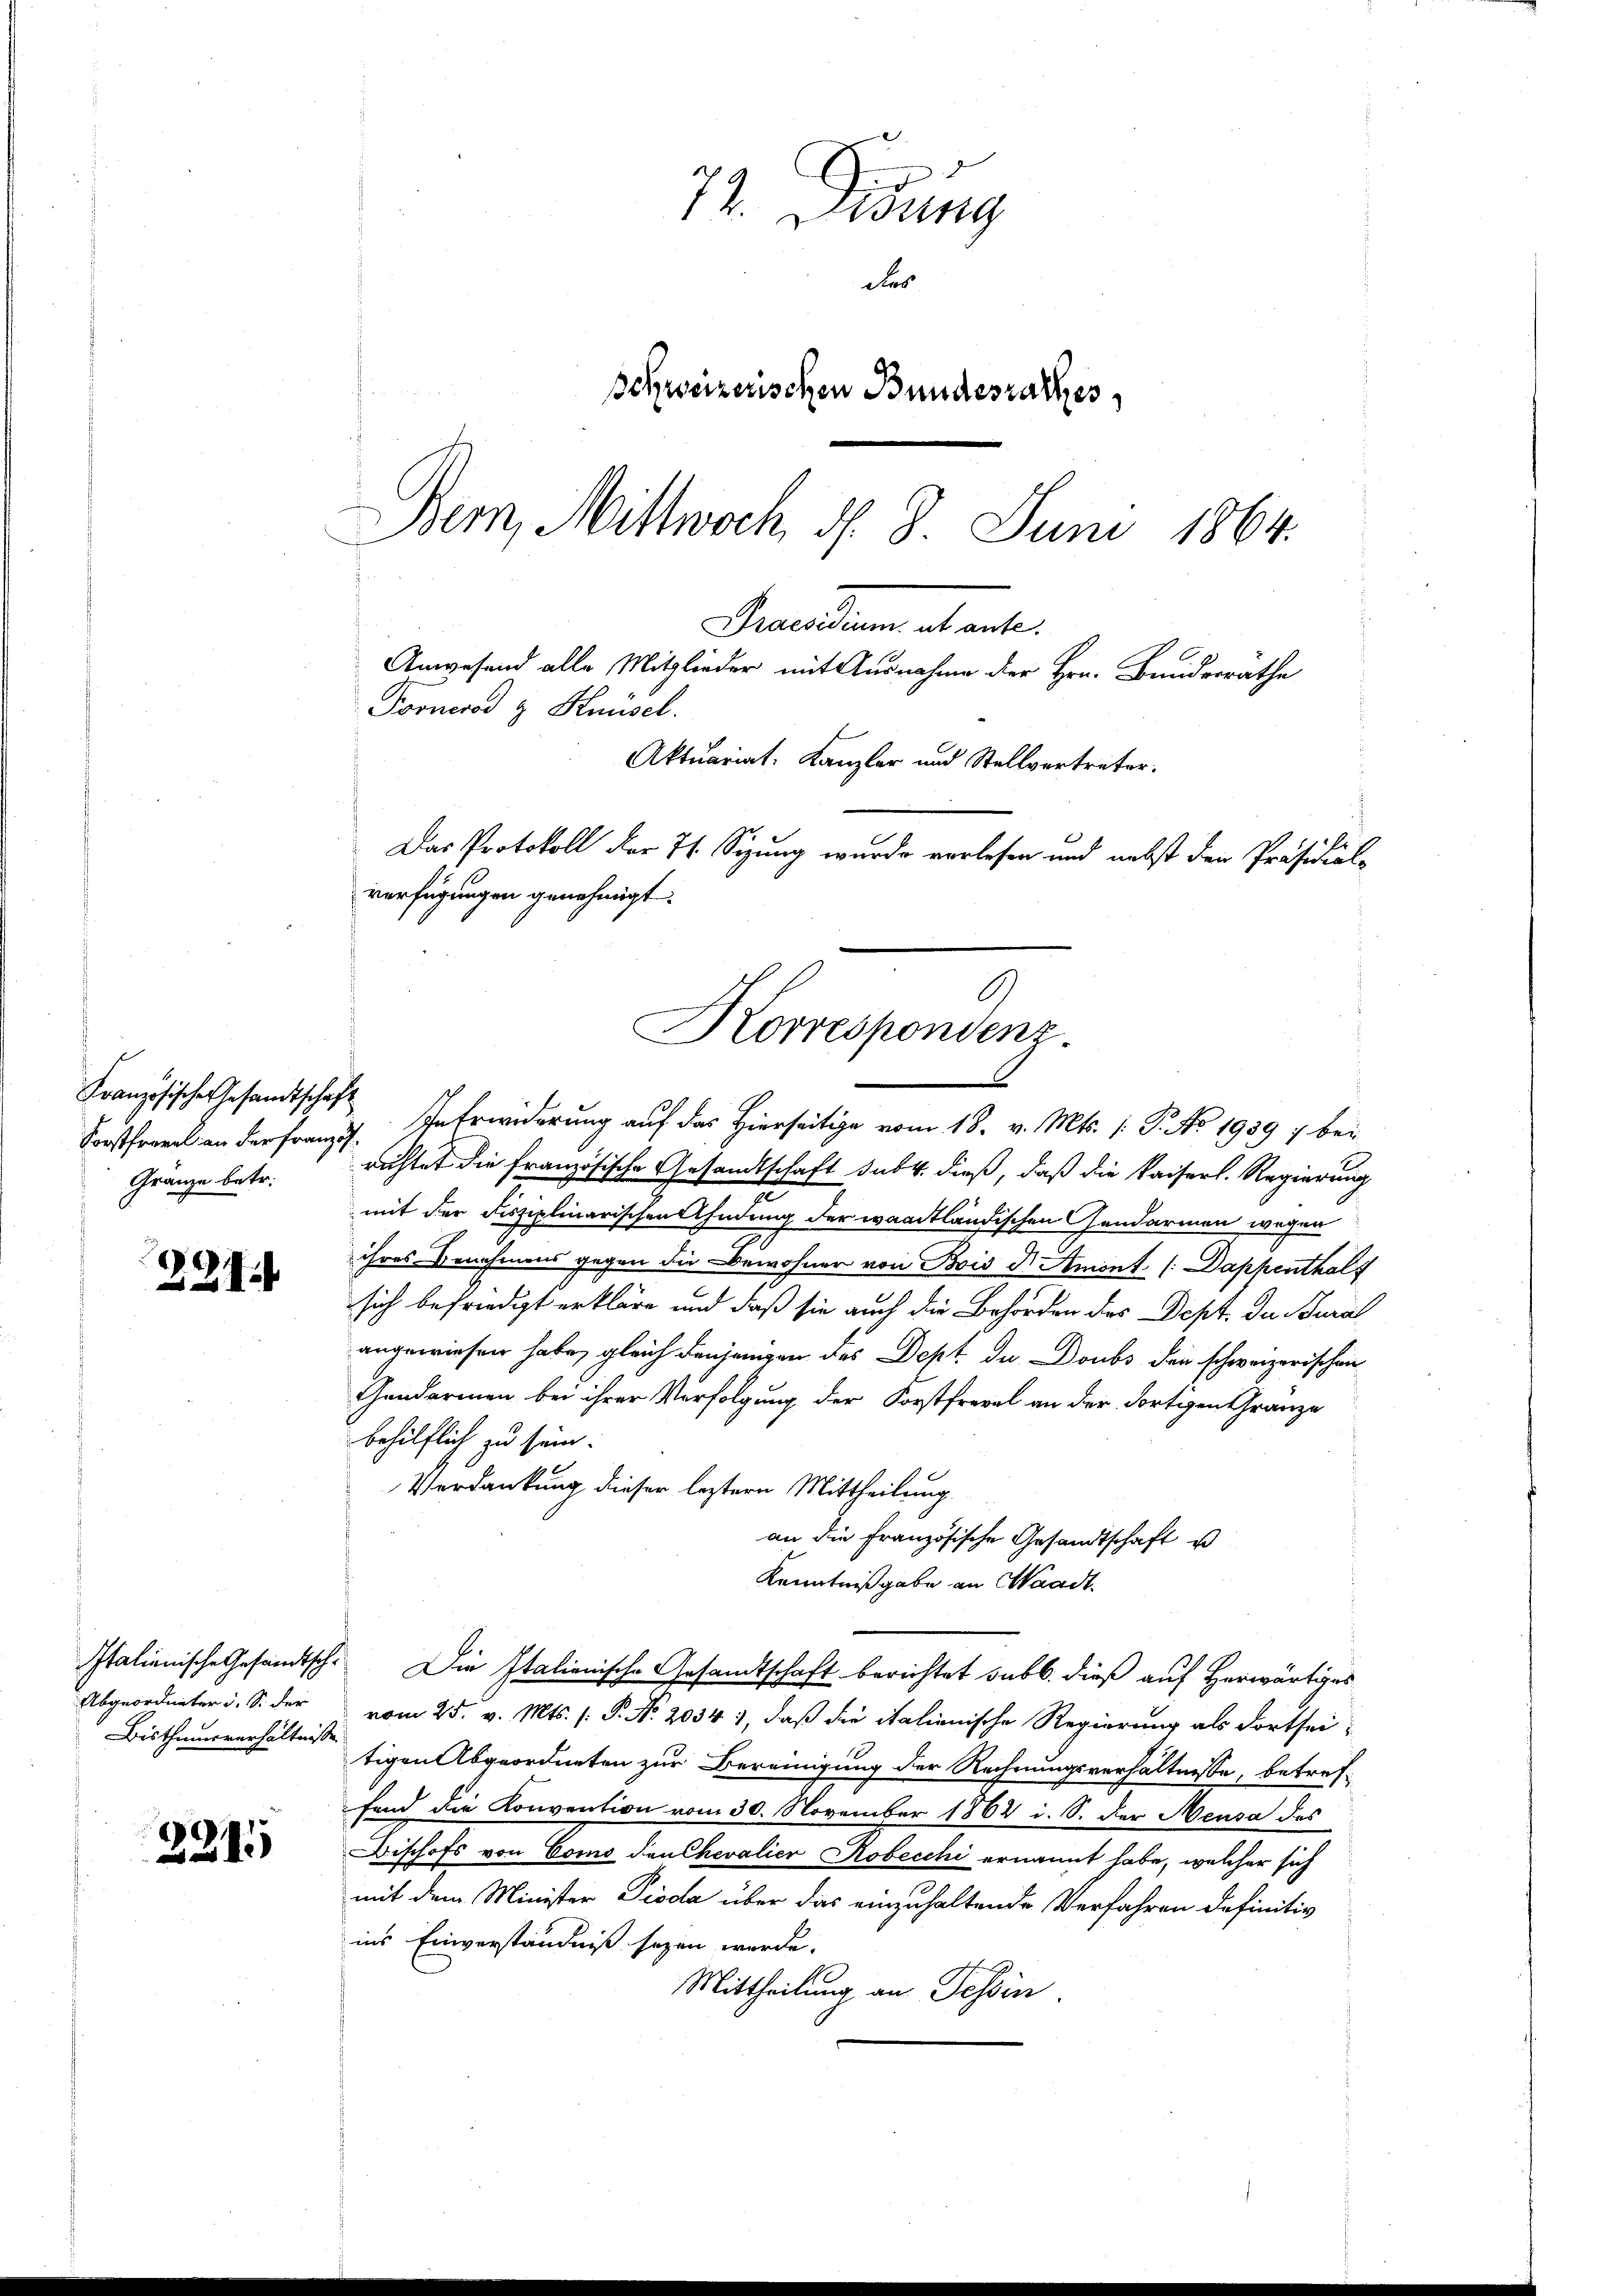
Französische Gesandtschaft
Gränze betr.

2

Bisthumsverhältnisse

221

72. Didung
des
schweizerischen Bundesrathes,
Bem, Mittwoch d. 8. Juni 1864.

Poonerod g Knüsel.
verfügungen genehmigt.
6.
Korrespondenz.
l

Forstformel an der Franz. In Erwiderung auf das Hierseitige vom 18. v. Mts. (: P. No 1939 ; bei
richtet die französische Gesandtschaft sub 4. dieß, daß die Kaiserl. Regierung
mit der disziplinarischen Ahndung der waadtländischen Gendarmen wegen
ihres Benehmens gegen die Bewohner von Bois d Amont (Dappenthalt
sich befriedigt erkläre und daß sie auch die Behörden des Dept. du ural
angewiesen habe, gleich denjenigen des Dept. da Doubs der schweizerischen
Gendarmen bei ihrer Verfolgung der Forstfrevel an der dortigen Gränze
behilflich zu sein.
Verdankung dieser leztere Mittheilung
an die Französische Gesandtschaft u
Kenntnißgabe an Waadt.
Italienische Gesandtsch. Die Italionische Gesandtschaft berichtet sub b. dieß auf Herwärtiges
Abgeordneter i. S. der vom 25. v. Mts. (: P. Nr. 2034 1, daß die italienische Regierung als Fortsei-
tigen Abgeordneten zur Bereinigung der Rechnungsverhältnisse, betreffend die Konvention vom 30. November 1864 i. S. der Neusa des
Dischofs von Como den Chevalier Robecchi ernannt habe, welcher sich
mit dem Minister Pioda über das einzuhaltende Verfahren definitiv
ins Einverständniß sezen werde.
Mittheilung an Tessin.

Praesidium ut aute.
Anwesend alle Mitglieder mit Ausnahme der Hrn. Bundesrathe
Aktuariat. Kanzler und Stellvertreter.
Das Protokoll der 71. Sizung wurde verlesen und nebst den Präsidial-